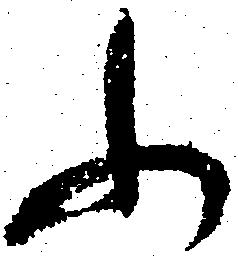
ふ